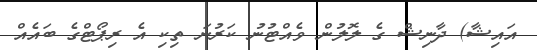
އައިޝާ) ދާނިޝް ގެ ލޮލުން ވެއްޓުނު ކަރުނަ ތިކި އެ ރިޕޯޓްގެ ބައެއް